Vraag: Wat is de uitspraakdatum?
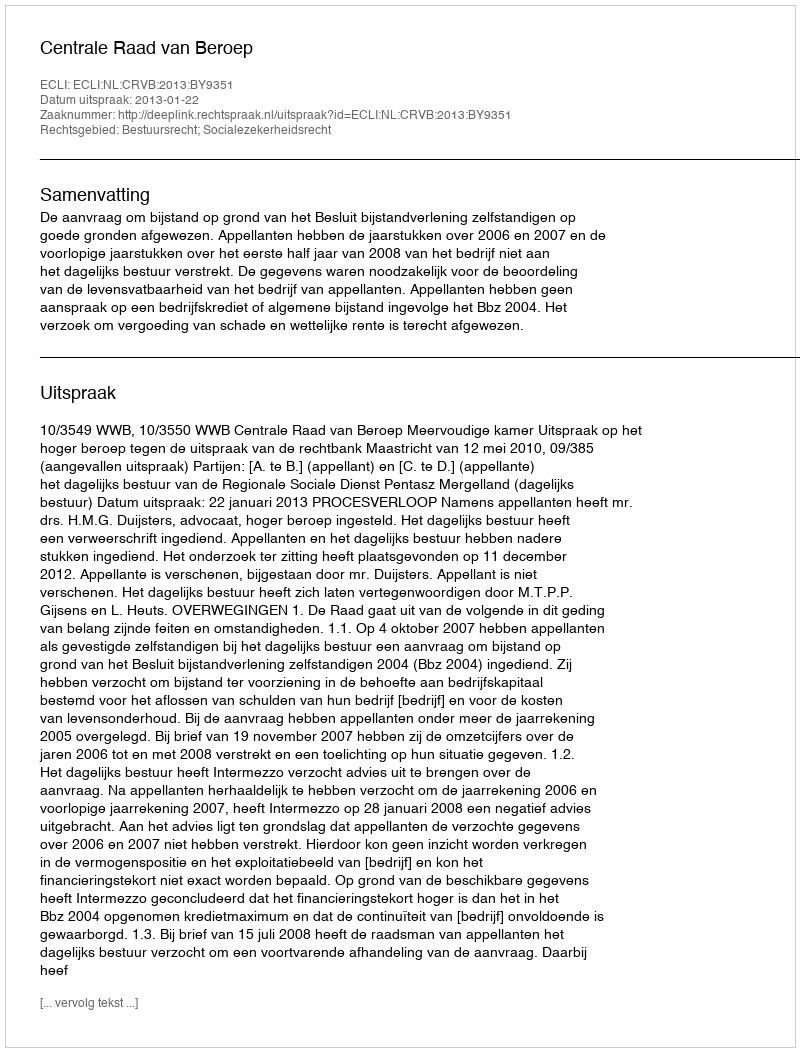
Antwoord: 2013-01-22